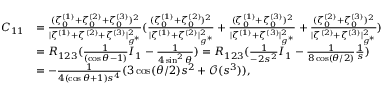
\begin{array} { r l } { C _ { 1 1 } } & { = \frac { ( \zeta _ { 0 } ^ { ( 1 ) } + \zeta _ { 0 } ^ { ( 2 ) } + \zeta _ { 0 } ^ { ( 3 ) } ) ^ { 2 } } { | \zeta ^ { ( 1 ) } + \zeta ^ { ( 2 ) } + \zeta ^ { ( 3 ) } | _ { g ^ { * } } ^ { 2 } } ( \frac { ( \zeta _ { 0 } ^ { ( 1 ) } + \zeta _ { 0 } ^ { ( 2 ) } ) ^ { 2 } } { | \zeta ^ { ( 1 ) } + \zeta ^ { ( 2 ) } | _ { g ^ { * } } ^ { 2 } } + \frac { ( \zeta _ { 0 } ^ { ( 1 ) } + \zeta _ { 0 } ^ { ( 3 ) } ) ^ { 2 } } { | \zeta ^ { ( 1 ) } + \zeta ^ { ( 3 ) } | _ { g ^ { * } } ^ { 2 } } + \frac { ( \zeta _ { 0 } ^ { ( 2 ) } + \zeta _ { 0 } ^ { ( 3 ) } ) ^ { 2 } } { | \zeta ^ { ( 2 ) } + \zeta ^ { ( 3 ) } | _ { g ^ { * } } ^ { 2 } } ) } \\ & { = R _ { 1 2 3 } ( \frac { 1 } { ( \cos \theta - 1 ) } I _ { 1 } - \frac { 1 } { 4 \sin ^ { 2 } \theta } ) = R _ { 1 2 3 } ( \frac { 1 } { - 2 s ^ { 2 } } I _ { 1 } - \frac { 1 } { 8 \cos ( { \theta } / { 2 } ) } \frac { 1 } { s } ) } \\ & { = - \frac { 1 } { 4 ( \cos \theta + 1 ) s ^ { 4 } } ( 3 \cos ( { \theta } / { 2 } ) s ^ { 2 } + \mathcal { O } ( s ^ { 3 } ) ) , } \end{array}